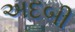
અદબી